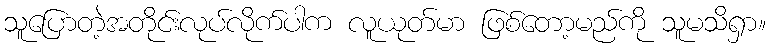
သူပြောတဲ့အတိုင်းလုပ်လိုက်ပါက လူယုတ်မာ ဖြစ်တော့မည်ကို သူမသိရှာ။